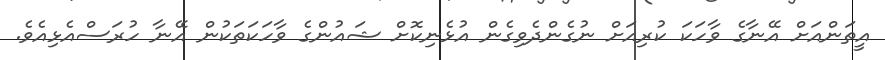
އީތަންއަށް އޭނާގެ ވާހަކަ ކުރިއަށް ނުގެންދެވިގެން އުޅެނިކޮށް ޝައުންގެ ވާހަކަތަކުން އޭނާ ހުރަސްއެޅިއެވެ.